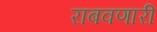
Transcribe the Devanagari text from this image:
राबवणारी